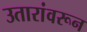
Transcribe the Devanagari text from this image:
उतारांवरून